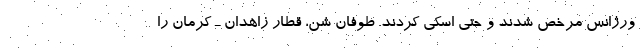
ورژانس مرخص شدند و حتی اسکی کردند. طوفان شن، قطار زاهدان ـ کرمان را